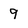
Character: 9